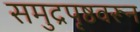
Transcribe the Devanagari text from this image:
समुद्रपृष्ठवरून